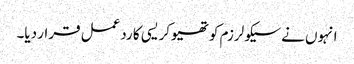
انہوں نے سیکولرزم کو تھیوکریسی کا ردعمل قرار دیا۔